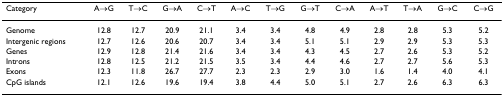
| Category | A→G | T→C | G→A | C→T | A→C | T→G | G→T | C→A | A→T | T→A | G→C | C→G |
 | --- | --- | --- | --- | --- | --- | --- | --- | --- | --- | --- | --- | --- |
 | Genome | 12.8 | 12.7 | 20.9 | 21.1 | 3.4 | 3.4 | 4.8 | 4.9 | 2.8 | 2.8 | 5.3 | 5.2 |
 | Intergenic regions | 12.7 | 12.6 | 20.6 | 20.7 | 3.4 | 3.4 | 5.1 | 5.1 | 2.9 | 2.9 | 5.3 | 5.3 |
 | Genes | 12.9 | 12.8 | 21.4 | 21.6 | 3.4 | 3.4 | 4.3 | 4.5 | 2.7 | 2.6 | 5.3 | 5.2 |
 | Introns | 12.8 | 12.5 | 21.2 | 21.5 | 3.5 | 3.4 | 4.4 | 4.6 | 2.7 | 2.7 | 5.6 | 5.3 |
 | Exons | 12.3 | 11.8 | 26.7 | 27.7 | 2.3 | 2.3 | 2.9 | 3.0 | 1.6 | 1.4 | 4.0 | 4.1 |
 | CpG islands | 12.1 | 12.6 | 19.6 | 19.4 | 3.8 | 4.4 | 5.0 | 5.1 | 2.7 | 2.6 | 6.3 | 6.3 |